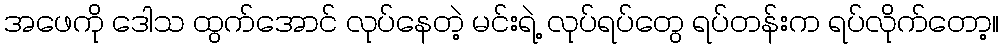
အဖေကို ဒေါသ ထွက်အောင် လုပ်နေတဲ့ မင်းရဲ့ လုပ်ရပ်တွေ ရပ်တန်းက ရပ်လိုက်တော့။